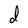
Character: d